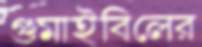
গুমাইবিলের